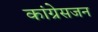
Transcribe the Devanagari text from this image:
कांग्रेसजन